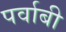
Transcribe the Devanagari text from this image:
पर्वाबी